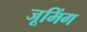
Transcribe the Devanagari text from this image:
जूमिंग